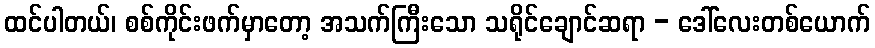
ထင်ပါတယ်၊ စစ်ကိုင်းဖက်မှာတော့ အသက်ကြီးသော သရိုင်ချောင်ဆရာ - ဒေါ်လေးတစ်ယောက်